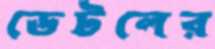
ডেটলের